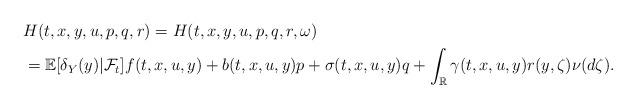
LaTeX: \begin{align*}&H(t,x,y,u,p,q,r)=H(t,x,y,u,p,q,r,\omega)\\&=\mathbb{E}[\delta_Y(y)|\mathcal{F}_t] f(t,x,u,y)+b(t,x,u,y)p + \sigma(t,x,u,y)q+\int_{\mathbb{R}}\gamma(t,x,u,y)r(y,\zeta)\nu(d\zeta).\end{align*}